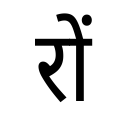
OCR:
रों